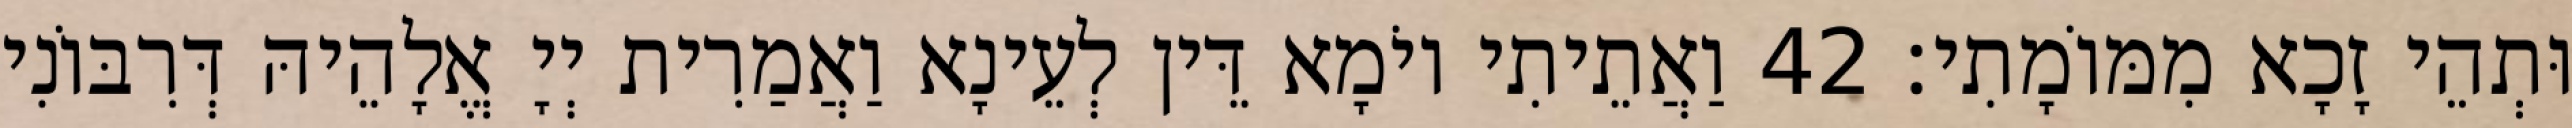
וּתְהֵי זָכָא מִמּוֹמָתִי׃ 42 וַאֲתֵיתִי יוֹמָא דֵּין לְעֵינָא וַאֲמַרִית יְיָ אֱלָהֵיהּ דְּרִבּוֹנִי